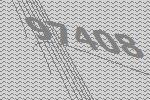
97408